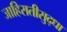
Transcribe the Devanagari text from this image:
जाहिरातीसुद्धा